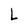
Character: L